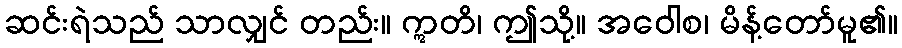
ဆင်းရဲသည် သာလျှင် တည်း။ ဣတိ၊ ဤသို့။ အဝေါစ၊ မိန့်တော်မူ၏။